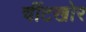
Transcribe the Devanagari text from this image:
चींटखोर